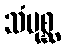
သံပုစ္ဆ